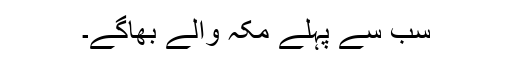
سب سے پہلے مکہ والے بھاگے۔